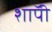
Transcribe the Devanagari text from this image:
शाॅपी